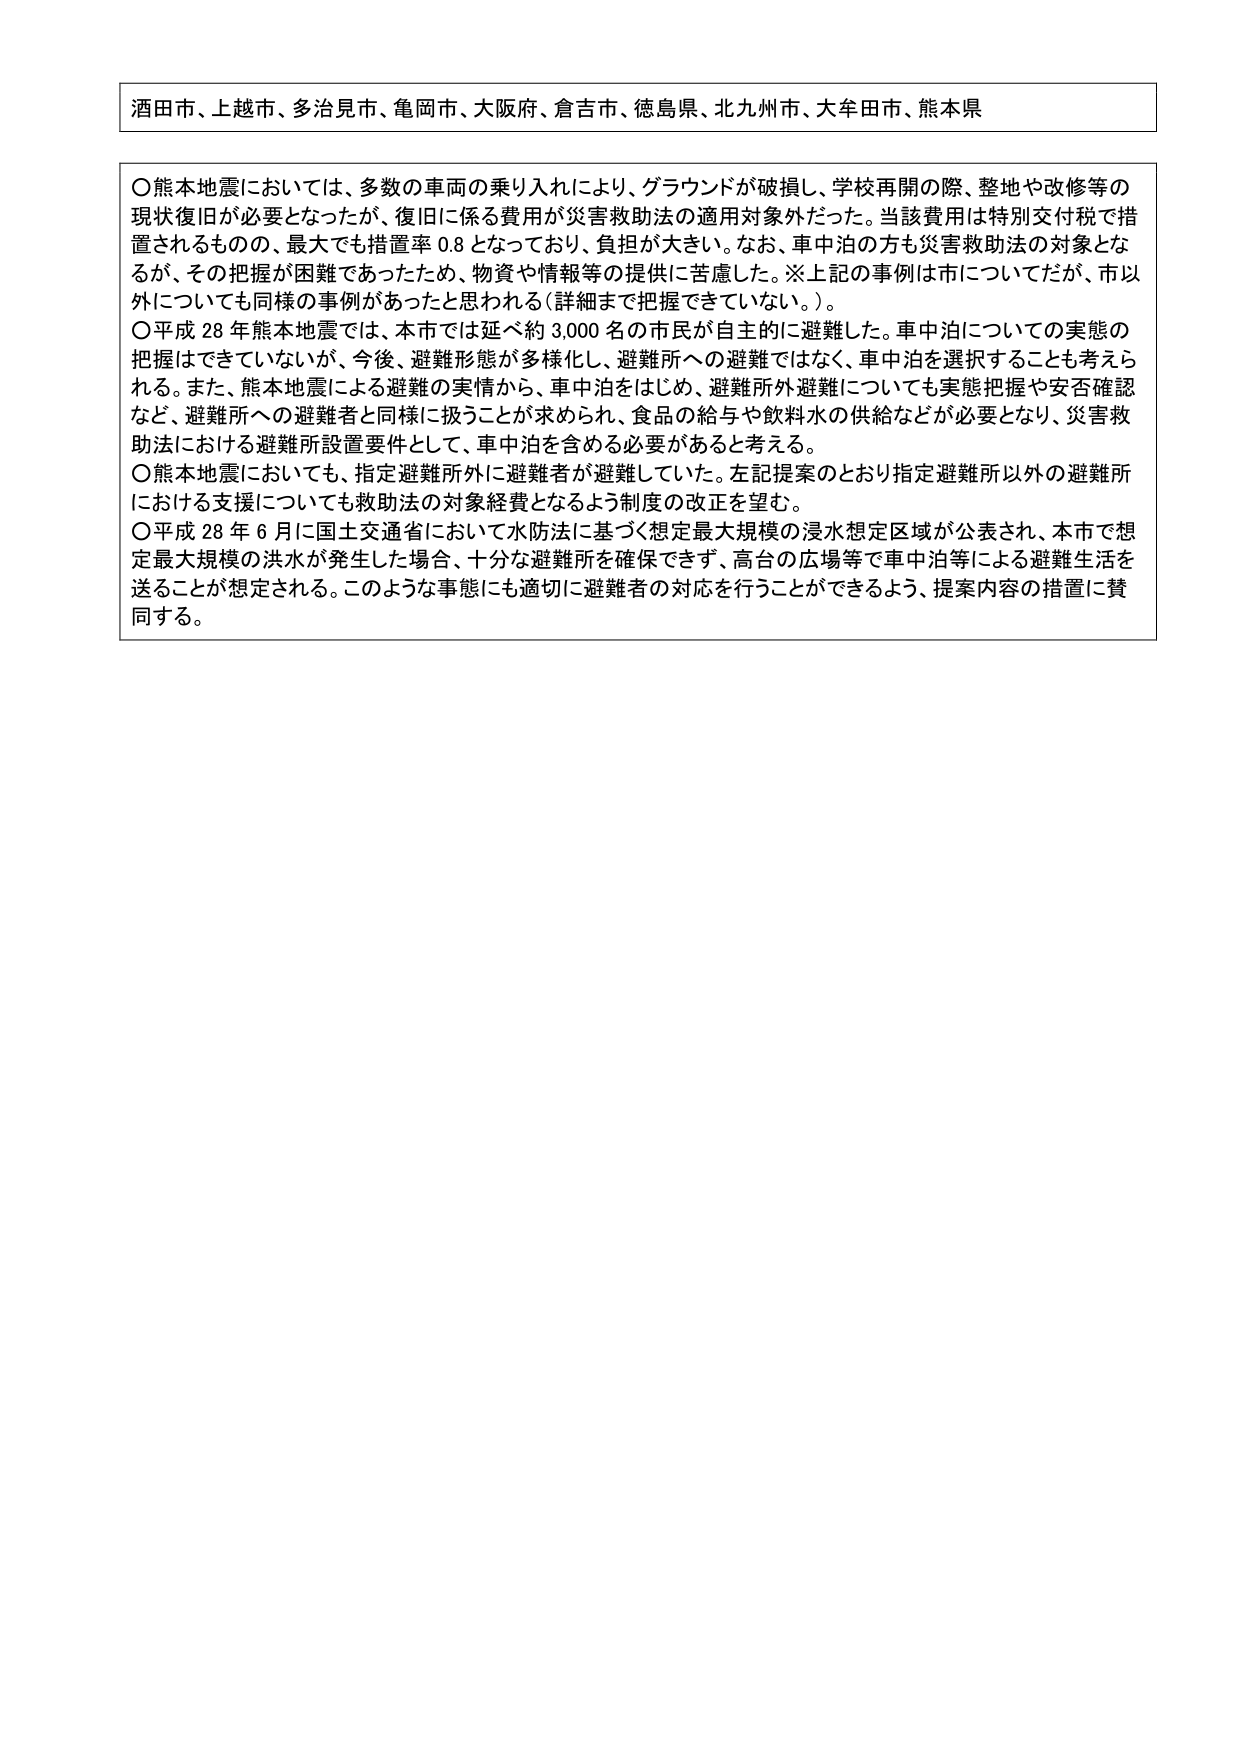
酒田市、上越市、多治見市、亀岡市、大阪府、倉吉市、徳島県、北九州市、大牟田市、熊本県

〇熊本地震においては、多数の車両の乗り入れにより、グラウンドが破損し、学校再開の際、整地や改修等の現状復旧が必要となったが、復旧に係る費用が災害救助法の適用対象外だった。当該費用は特別交付税で措置されるものの、最大でも措置率 0.8 となっており、負担が大きい。なお、車中泊の方も災害救助法の対象となるが、その把握が困難であったため、物資や情報等の提供に苦慮した。※上記の事例は市についてだが、市以外についても同様の事例があったと思われる（詳細まで把握できていない。）。

〇平成 28 年熊本地震では、本市では延べ約 3,000 名の市民が自主的に避難した。車中泊についての実態の把握はできていないが、今後、避難形態が多様化し、避難所への避難ではなく、車中泊を選択することも考えられる。また、熊本地震による避難の実情から、車中泊をはじめ、避難所外避難についても実態把握や安否確認など、避難所への避難者と同様に扱うことが求められ、食品の給与や飲料水の供給などが必要となり、災害救助法における避難所設置要件として、車中泊を含める必要があると考える。

〇熊本地震においても、指定避難所外に避難者が避難していた。左記提案のとおり指定避難所以外の避難所における支援についても救助法の対象経費となるよう制度の改正を望む。

〇平成 28 年 6 月に国土交通省において水防法に基づく想定最大規模の浸水想定区域が公表され、本市で想定最大規模の洪水が発生した場合、十分な避難所を確保できず、高台の広場等で車中泊等による避難生活を送ることが想定される。このような事態にも適切に避難者の対応を行うことができるよう、提案内容の措置に賛同する。